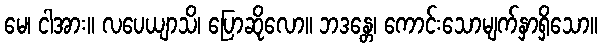
မေ၊ ငါအား။ လပေယျာသိ၊ ပြောဆိုလော။ ဘဒန္တေ၊ ကောင်းသောမျက်နှာရှိသော။